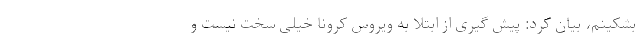
بشکینم، بیان کرد: پیش گیری از ابتلا به ویروس کرونا خیلی سخت نیست و